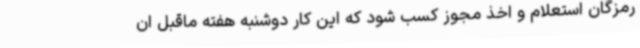
رمزگان استعلام و اخذ مجوز کسب شود که این کار دوشنبه هفته ماقبل ان